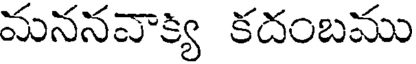
మననవాక్య కదంబము